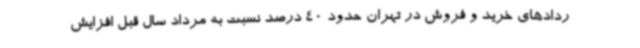
ردادهای خرید و فروش در تهران حدود 40 درصد نسبت به مرداد سال قبل افزایش